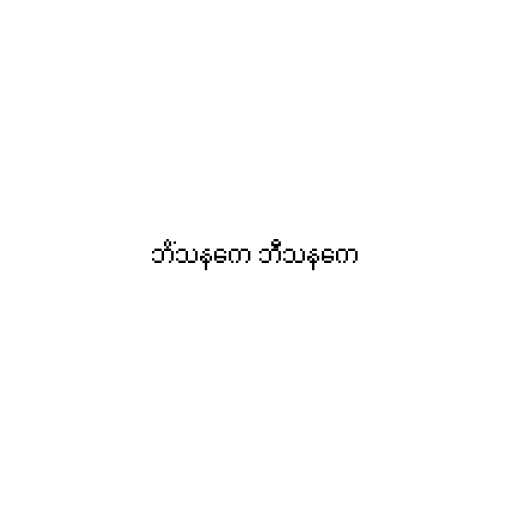
ဘိံသနကေ ဘီသနကေ